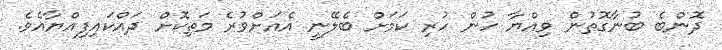
ދޮންބެ ބުނާގޮތުން ވިއްޔާ ހުން ހުރި ކަމަށް ބެލޭނީ އެއަށްވުރެ މަތިކޮށް ދައްކައިފިއްޔާއެވެ.